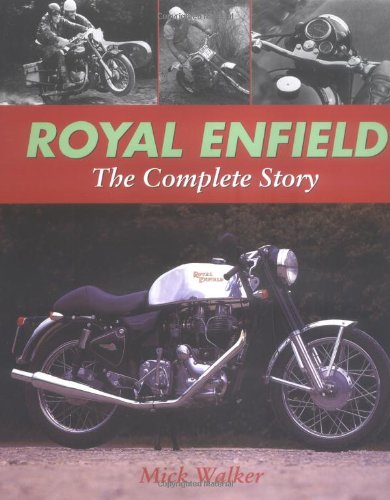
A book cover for Royal Enfield: The Complete Story; Mick Walker; Arts & Photography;